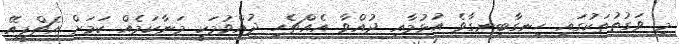
މި ވަގުތުތަކުގައި ހިނގާބިނގާވެ އުޅުމާއި ދުއްވާ އެއްޗެހި ދުއްވުމަކީ މަނާކަމެއް ކަމަށް އެޗްޕީއޭ